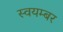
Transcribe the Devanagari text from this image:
स्वयम्बर